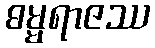
ဓမ္မရာဇဿ